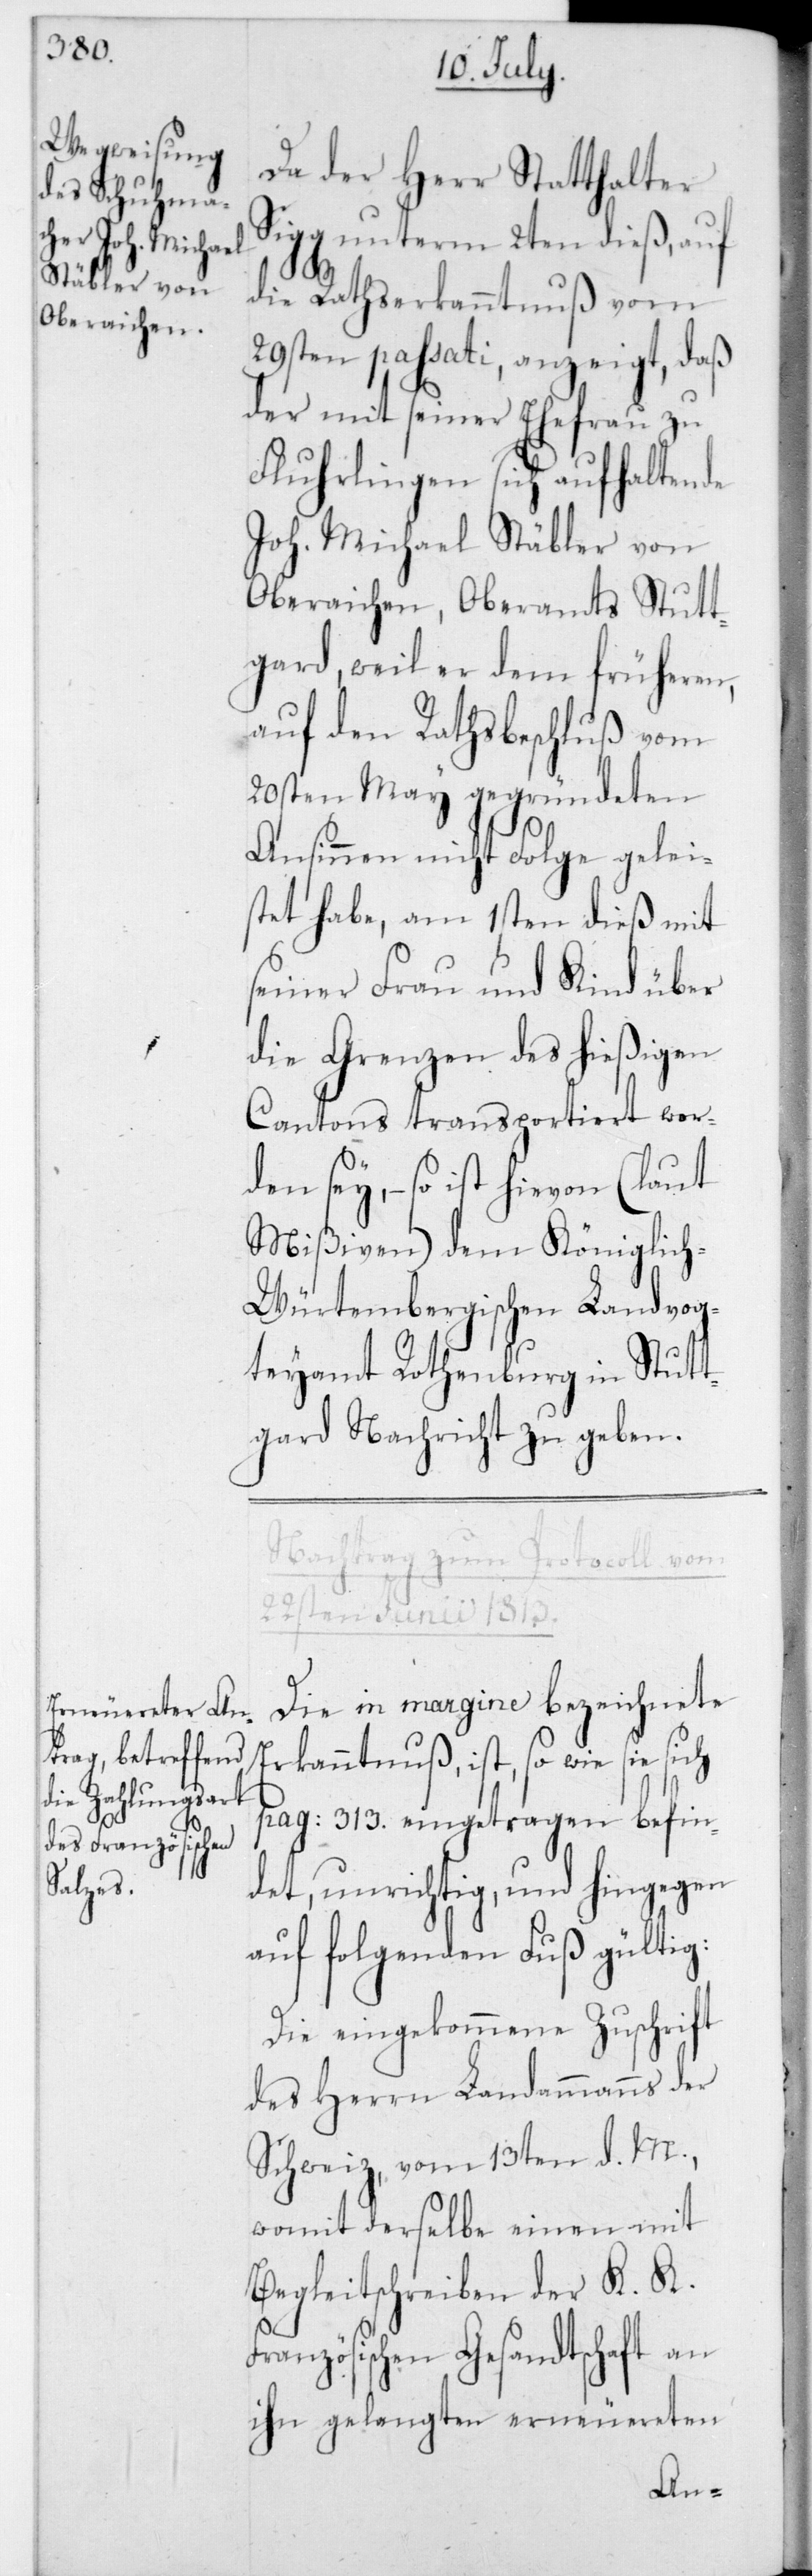
Da der Herr Statthalter
Sigg unterm 2ten dieß auf
die Rathserkanntnuß vom
29sten passati, anzeigt, daß
der mit seiner Ehefrau zu
Fluhrlingen sich aufhaltende
Joh. Michael Stäbler von
Oberaichen, Oberamts Stutt¬
gart, weil er dem früheren,
auf den Rathsbeschluß vom
20sten May gegründeten
Ansinnen nicht Folge gelei¬
stet habe, am 1sten dieß mit
seiner Frau und Kind über
die Grenze des hießigen
Cantons transportiert wor¬
den sey, – so ist hievon (laut
Mißiven) dem Königlic¬
h-Würtembergischen Landvog¬
teyamt Rothenburg in Stutt¬
gard Nachricht zu geben.
Nachtrag zum Protocoll vom
22sten Junii 1813.
Die in margine bezeichnete
Erkanntnuß, ist, so wie sie sich
pag. 313 eingetragen befin¬
det, unrichtig, und hingegen
auf folgenden Fuß gültig:
Die eingekommene Zuschrift
des Herrn Landammanns der
Schweiz, vom 13ten d. M.,
womit derselbe einen mit
Begleitschreiben der K. K.
Französischen Gesandtschaft an
ihn gelangten erneuereten